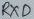
Text: RXD